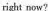
right now?